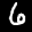
Digit: 6